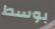
بوسط